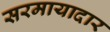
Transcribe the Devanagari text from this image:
सरमायादार